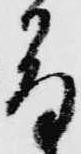
易